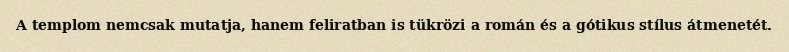
A templom nemcsak mutatja, hanem feliratban is tükrözi a román és a gótikus stílus átmenetét.